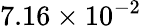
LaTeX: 7.16\times 10^{-2}